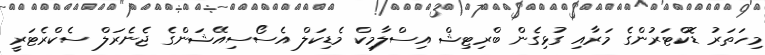
މިހަތަރު ޑޮކްޓަރުންގެ މަރާއި ގުޅިގެން ބްރިޓިޝް އިސްލާމިކް މެޑިކަލް އެސޯސިއޭޝަންގެ ޖެނެރަލް ސެކްރެޓަރީ